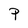
Character: P